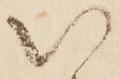
以